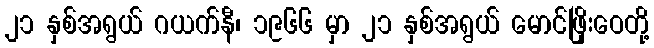
၂၁ နှစ်အရွယ် ဂယက်နီ၊ ၁၉၆၆ မှာ ၂၁ နှစ်အရွယ် မောင်ဖြိုးဝေတို့